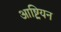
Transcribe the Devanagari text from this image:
आष्ट्रियन